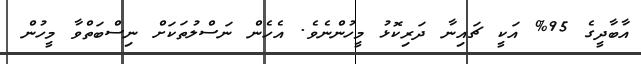
އާބާދީގެ 95% އަކީ ޗައިނާ ދަރިކޮޅު މީހުންނެވެ. އެހެން ނަސްލުތަކަށް ނިސްބަތްވާ މީހުން